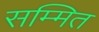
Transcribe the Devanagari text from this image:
सम्मित